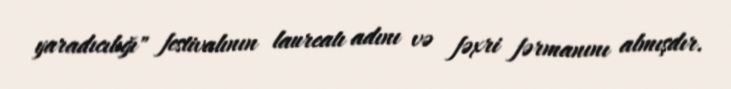
yaradıcılığı" festivalının laureatı adını və fəxri fərmanını almışdır.